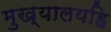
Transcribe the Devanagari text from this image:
मुख्यालयहि